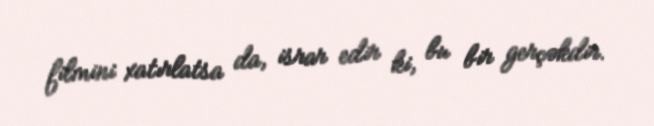
filmini xatırlatsa da, israr edir ki, bu bir gerçəkdir.